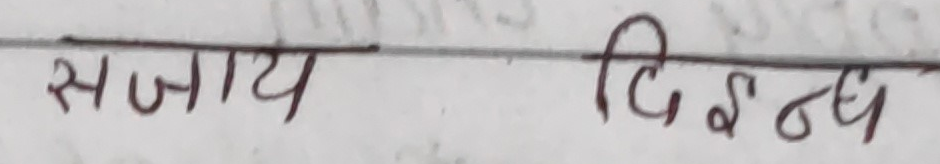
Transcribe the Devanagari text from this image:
सजाय दिइन्छ